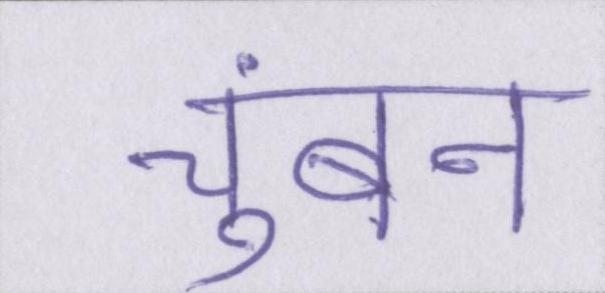
चुंबन